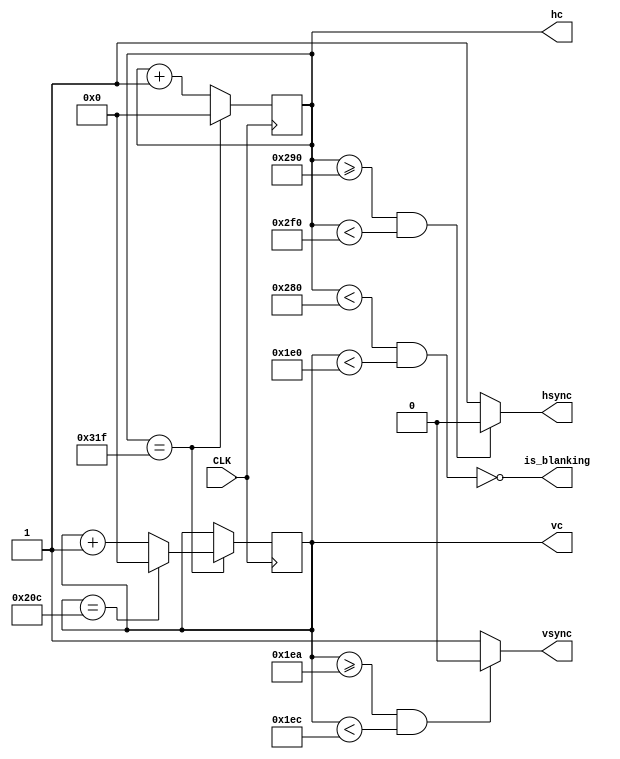
module VGA_init(
    input wire CLK,             // 25.175 MHz clock
    output wire hsync,          // Horizontal sync output
    output wire vsync,          // Vertical sync output
    output reg [9:0] hc = 0,	// Counter for horizontal timing also gives us the horizontal location
    output reg [9:0] vc = 0,	// Counters for vertical timing also gives us the vertical location
    output wire is_blanking 	// To see whether we are in blanking state or not

);

    // VGA parameters for 640x480 @ 60Hz
    parameter H_VISIBLE = 640;
    parameter H_FRONT_PORCH = 16;
    parameter H_SYNC_PULSE = 96;
    parameter H_BACK_PORCH = 48;
    parameter H_TOTAL = 800;

    parameter V_VISIBLE = 480;
    parameter V_FRONT_PORCH = 10;
    parameter V_SYNC_PULSE = 2;
    parameter V_BACK_PORCH = 33;
    parameter V_TOTAL = 525;


    always @(posedge CLK) begin
	    // Horizontal counter
	    if (hc == H_TOTAL - 1) begin
		hc <= 0;
		// Vertical counter
		if (vc == V_TOTAL - 1) begin
		    vc <= 0;
		end else begin
		    vc <= vc + 1;
		end
	    end else begin
		hc <= hc + 1;
	    end
    end

    // Generate HSYNC and VSYNC signals
        // HSYNC
		  assign hsync = (hc >= H_VISIBLE + H_FRONT_PORCH && hc < H_VISIBLE + H_FRONT_PORCH + H_SYNC_PULSE) ? 0 : 1;

        // VSYNC
		  assign vsync = (vc >= V_VISIBLE + V_FRONT_PORCH && vc < V_VISIBLE + V_FRONT_PORCH + V_SYNC_PULSE) ? 0 : 1;
	 
	// Blanking state
	 assign is_blanking = ~(hc < H_VISIBLE && vc < V_VISIBLE);

endmodule